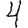
Digit: 4